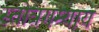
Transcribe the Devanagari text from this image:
स्तोत्रगम्याय